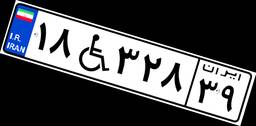
۴۸W۴۹۲۹۷